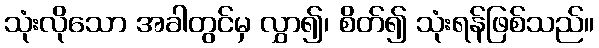
သုံးလိုသော အခါတွင်မှ လွှာ၍၊ စိတ်၍ သုံးရန်ဖြစ်သည်။